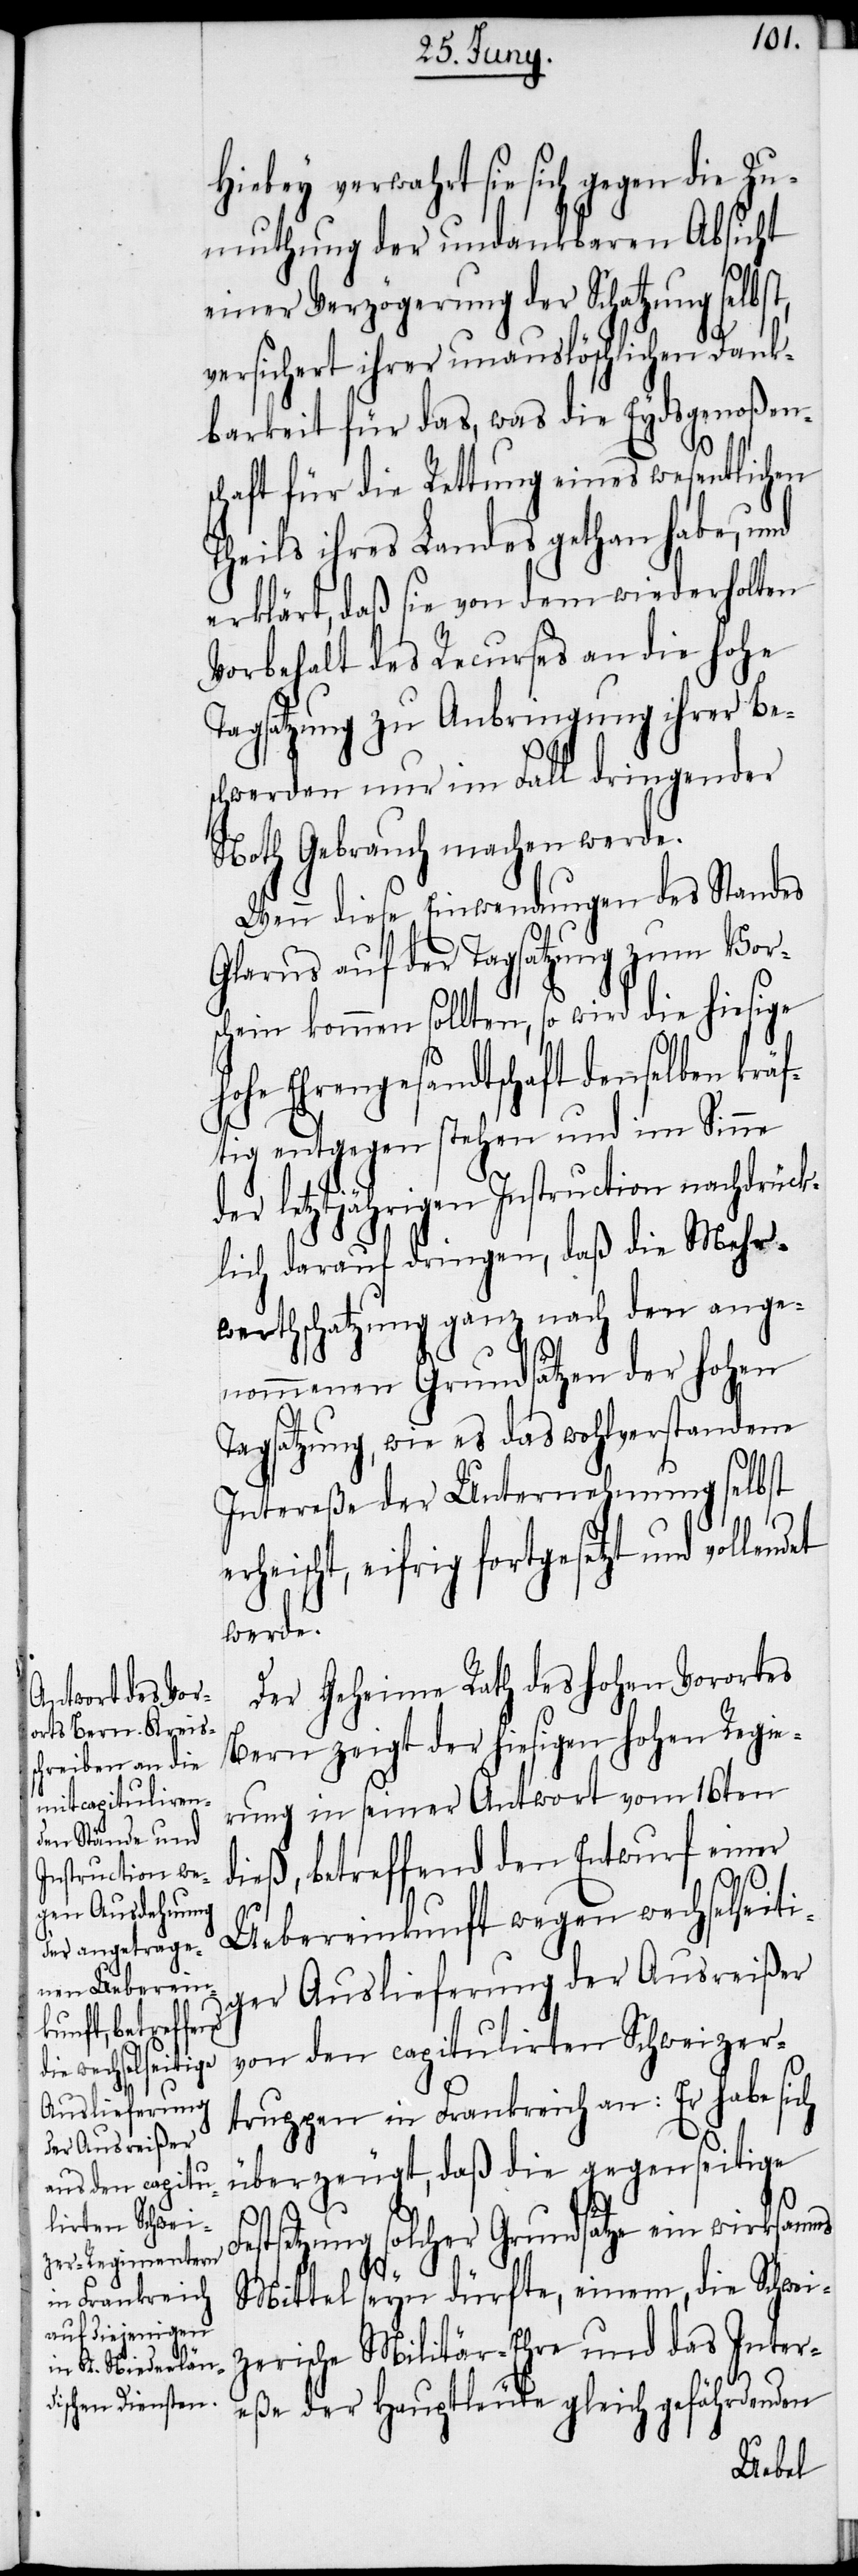
Hiebey verwahrt sie sich gegen die Zu¬
muthung der undankbaren Absicht
einer Verzögerung der Schatzung selbst,
versichert ihrer unauslöschlichen Dank¬
barkeit für das, was die Eydsgenoßen¬
schaft für die Rettung eines wesentlichen
Theils ihres Landes gethan habe, und
erklärt, daß sie von dem wiederholten
Vorbehalt des Recurses an die hohe
Tagsatzung zu Anbringung ihrer Be¬
schwerden nur im Fall dringender
Noth Gebrauch machen werde.
Wenn diese Einwendungen des Standes
Glarus auf der Tagsatzung zum Vor¬
schein kommen sollten, so wird die hiesige
hohe Ehrengesandtschaft denselben krä¬
ftig entgegen stehen und im Sinne
der letztjährigen Instruction nachdrück¬
lich darauf dringen, daß die Mehr¬
werthschatzung ganz nach den ange¬
nommenen Grundsätzen der hohen
Tagsatzung, wie es das wohlverstandene
Intereße der Unternehmung selbst
erheischt, eifrig fortgesetzt und vollendet
werde.
Der Geheime Rath des hohen Vorortes
Bern zeigt der hiesigen hohen Regie¬
rung in seiner Antwort vom 16ten
dieß, betreffend den Entwurf einer
Uebereinkunft wegen wechselseiti¬
ger Auslieferung der Ausreißer
von den capitulirten Schweizer¬
truppen in Frankreich an: Er habe sich
überzeugt, daß die gegenseitige
Festsetzung solcher Grundsätze ein wirksames
Mittel seyn dürfte, einem, die Schwei¬
zerische Militär-Ehre und das Inter¬
eße der Hauptleute gleich gefährdenden